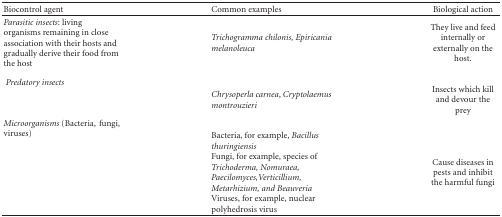
<table><thead><tr><td><b>Biocontrol agent</b></td><td><b>Common examples</b></td><td><b>Biological action</b></td></tr></thead><tbody><tr><td><i>Parasitic insects</i>: living organisms remaining in close association with their hosts and gradually derive their food from the host</td><td><i>Trichogramma chilonis, Epiricania melanoleuca </i></td><td>They live and feed internally or externally on the host.</td></tr><tr><td rowspan="2"><i> Predatory insects</i></td><td></td><td></td></tr><tr><td><i>Chrysoperla carnea</i>, <i>Cryptolaemus montrouzieri </i></td><td>Insects which kill and devour the prey</td></tr><tr><td rowspan="2"><i>Microorganisms </i>(Bacteria,fungi, viruses)</td><td></td><td></td></tr><tr><td>Bacteria, for example, <i>Bacillus thuringiensis </i>Fungi, for example, species of <i>Trichoderma, Nomuraea, Paecilomyces,Verticillium, Metarhizium, and Beauveria </i>Viruses, for example, nuclear polyhedrosis virus</td><td>Cause diseases in pests and inhibit the harmful fungi</td></tr></tbody></table>